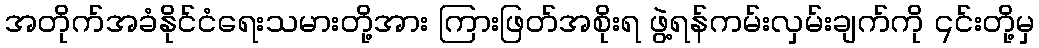
အတိုက်အခံနိုင်ငံရေးသမားတို့အား ကြားဖြတ်အစိုးရ ဖွဲ့ရန်ကမ်းလှမ်းချက်ကို ၎င်းတို့မှ